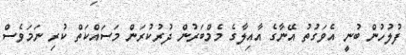
ފުލުހުން ބުނީ އެވަގުތު އޭނާގެ އާއިލާގެ މެމްބަރުން ދުރުކުރަން މަސައްކަތް ކުރި ނަމަވެސް